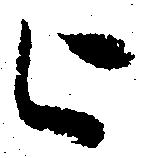
被